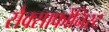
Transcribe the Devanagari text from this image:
सैक्साफोनिस्ट